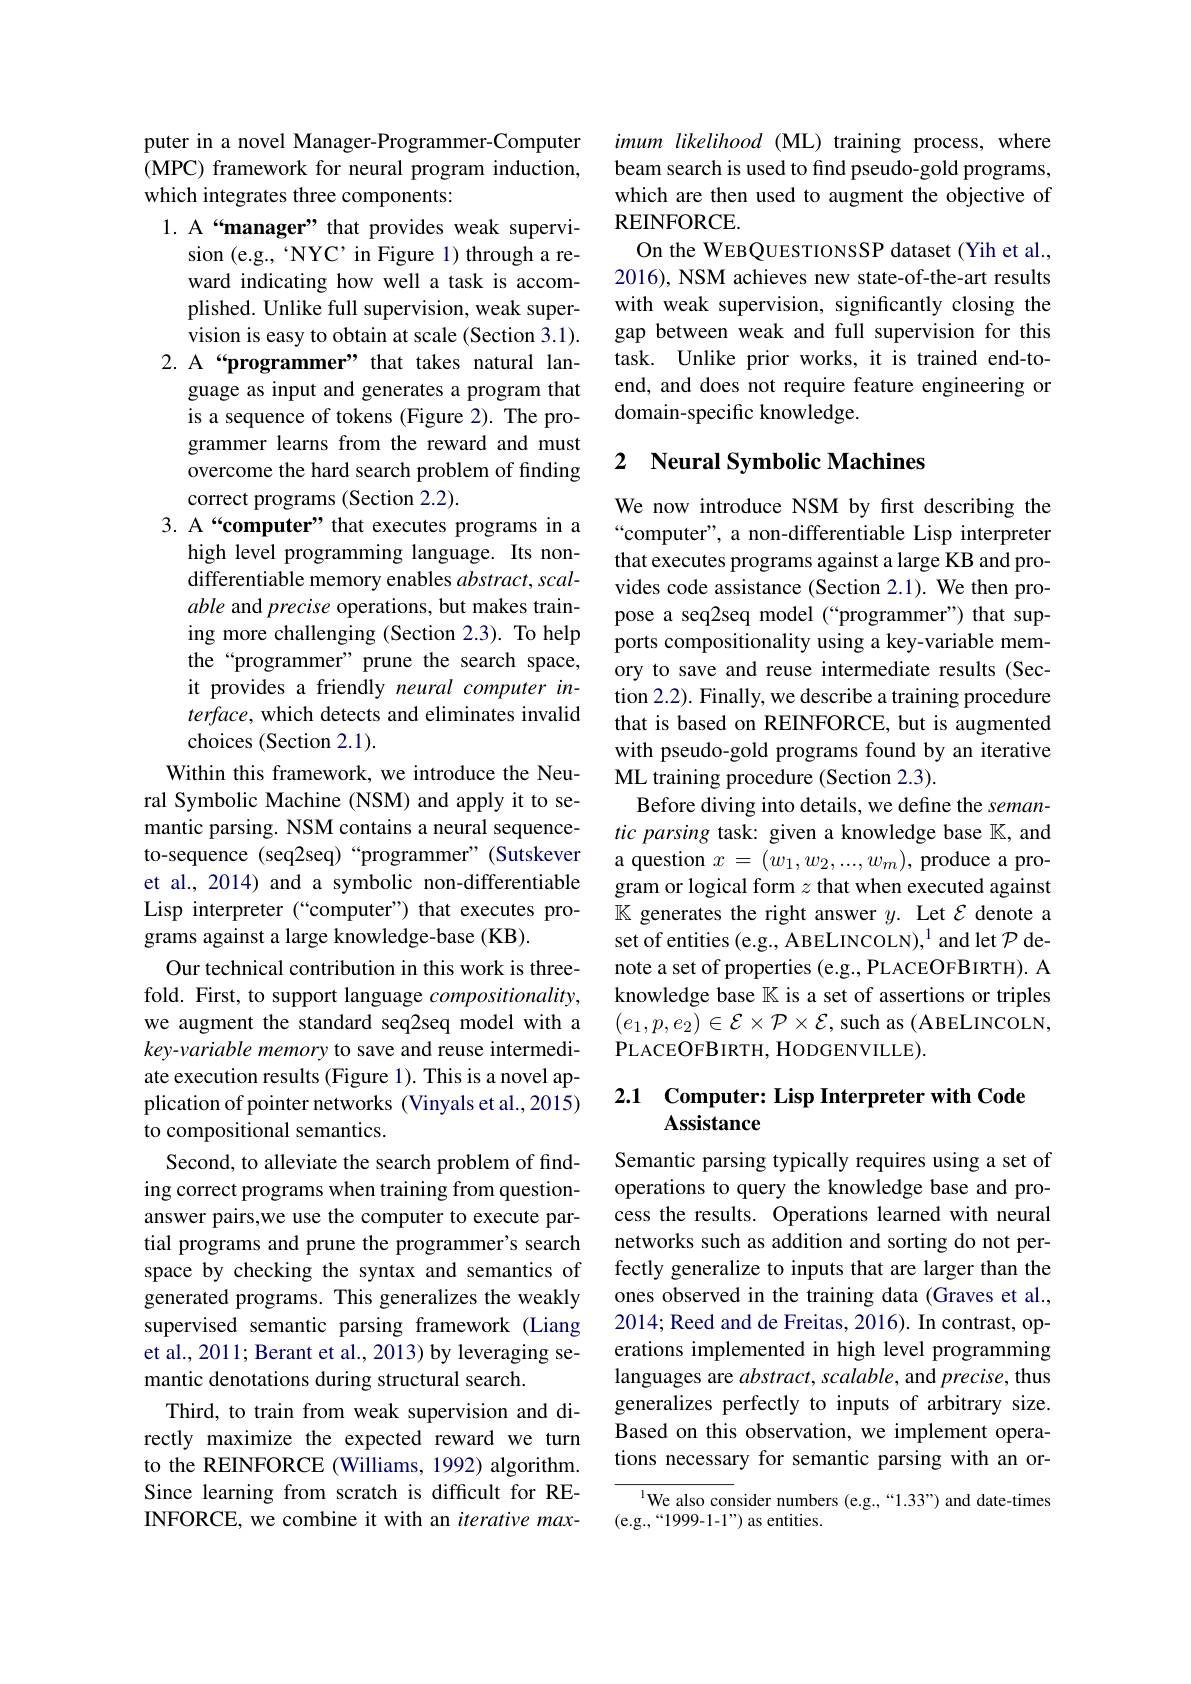
puter in a novel Manager-Programmer-Computer ( MPC) framework for neural program induction, which integrates three components:

1. A“manager” that provides weak supervi-
sion (e.g.,“NYC’in Figure 1) through a reward indicating how well a task is accomplished. Unlike full supervision, weak supervision is easy to obtain at scale (Section 3.1).
2. A“programmer” that takes natural lan-
guage as input and generates a program that is a sequence of tokens (Figure 2). The programmer learns from the reward and must overcome the hard search problem of finding correct programs (Section 2.2).
3. A“computer” that executes programs in a
high level programming language. Its nondifferentiable memory enables $abstract,scal-$ able and precise operations, but makes training more challenging (Section 2.3). To help the“programmer” prune the search space, it provides a friendly neural computer interface, which detects and eliminates invalid choices (Section 2.1).
Within this framework, we introduce the Neural Symbolic Machine (NSM) and apply it to semantic parsing. NSM contains a neural sequenceto-sequence (seq2seq)“programmer”(Sutskever et al., 2014) and a symbolic non-differentiable Lisp interpreter (“computer”) that executes programs against a large knowledge-base (KB).
Our technical contribution in this work is threefold. First, to support language compositionality, we augment the standard seq2seq model with a key-variable memory to save and reuse intermediate execution results (Figure 1). This is a novel application of pointer networks (Vinyals et al.,2015) to compositional semantics.
Second, to alleviate the search problem of finding correct programs when training from questionanswer pairs,we use the computer to execute partial programs and prune the programmer's search space by checking the syntax and semantics of fectly generalize to inputs that are larger than the
generated programs. This generalizes the weakly supervised semantic parsing framework (Liang et al., 2011; Berant et al., 2013) by leveraging semantic denotations during structural search.
Third, to train from weak supervision and directly maximize the expected reward we turn to the REINFORCE (Williams, 1992) algorithm. Since learning from scratch is difficult for REINFORCE, we combine it with an iterative max-

imum likelihood (ML) training process, where beam search is used to find pseudo-gold programs, which are then used to augment the objective of REINFORCE.
On the WEBQUESTIONSSP dataset (Yih et al., 2016), NSM achieves new state-of-the-art results with weak supervision, significantly closing the gap between weak and full supervision for this task. Unlike prior works, it is trained end-toend, and does not require feature engineering or domain-specific knowledge.

## 2 Neural Symbolic Machines

We now introduce NSM by frst describing the “computer", a non-differentiable Lisp interpreter that executes programs against a large KB and provides code assistance (Section 2.1). We then propose a seq2seq model (“programmer”) that supports compositionality using a key-variable memory to save and reuse intermediate results (Section 2.2). Finally, we describe a training procedure that is based on REINFORCE, but is augmented with pseudo-gold programs found by an iterative ML training procedure (Section 2.3).
Before diving into details, we define the semantic parsing task: given a knowledge base $\mathbb{K}$, and a question $x=(w_1,w_2,...,w_m)$, produce a program or logical form $z$ that when executed against $\mathbb{K}$ generates the right answer $y.$ Let $\mathcal{E}$ denote a set of entities (e.g., ABELINCOLN), $^1$ and let $\mathcal{P}$ denote a set of properties (e.g., PLACEOFBIRTH). A knowledge base $\mathbb{K}$ is a set of assertions or triples $(e_1,p,e_2)\in\mathcal{E}\times\mathcal{P}\times\mathcal{E}$,such as(ABELINCOLN, PLACEOFBIRTH, HODGENVILLE).

## 2.1 Computer: Lisp Interpreter with Code Assistance

Semantic parsing typically requires using a set of operations to query the knowledge base and process the results. Operations learned with neural networks such as addition and sorting do not perones observed in the training data (Graves et al., 2014; Reed and de Freitas, 2016). In contrast, operations implemented in high level programming languages are $abstract,scalable$, and precise, thus generalizes perfectly to inputs of arbitrary size. Based on this observation, we implement operations necessary for semantic parsing with an or-

$^{\text{l}}$We also consider numbers (e.g.,“1.33”) and date-times
(e.g.,“1999-1-1”) as entities.